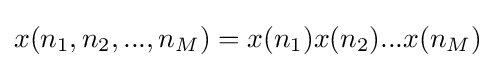
x(n_{1},n_{2},...,n_{M})=x(n_{1})x(n_{2})...x(n_{M})